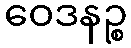
ဝေဒနဉ္စ